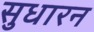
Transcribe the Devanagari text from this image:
सुधारन